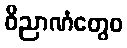
ဝိညာဏံတွေဝ